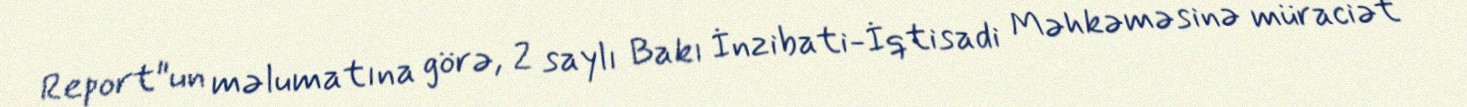
Report"un məlumatına görə, 2 saylı Bakı İnzibati-İqtisadi Məhkəməsinə müraciət